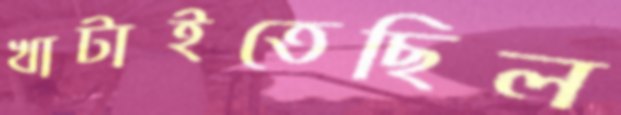
খাটাইতেছিল